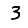
Digit: 3